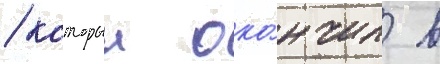
/ которыи око́нчил в